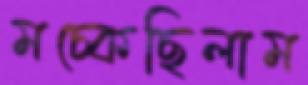
মচ্‌কেছিলাম